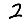
Digit: 2